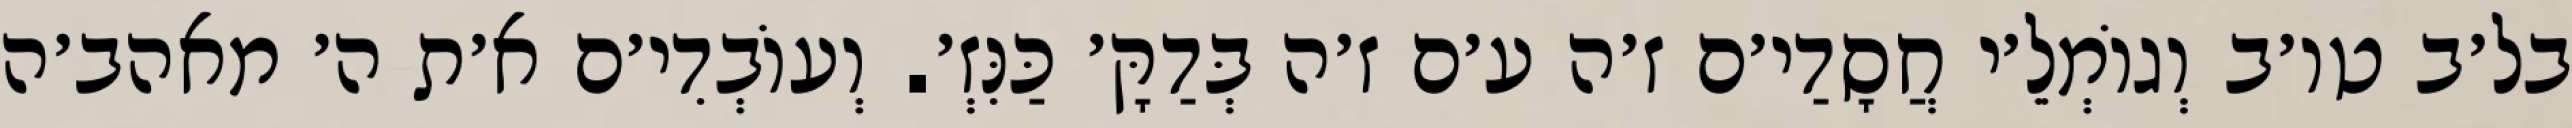
בל׳ב טו׳ב וְגוֹמְלֵ׳י חֲסָדַי׳ם ז׳ה ע׳ם ז׳ה בְּדַקָּ׳ כַּנִּזְ׳. וְעוֹבְדִי׳ם א׳ת ה׳ מאהב׳ה